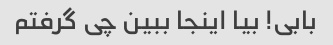
بابی! بیا اینجا ببین چی گرفتم